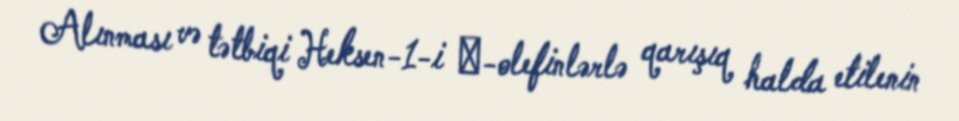
Alınması və tətbiqi Heksen-1-i α-olefinlərlə qarışıq halda etilenin